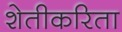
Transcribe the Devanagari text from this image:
शेतीकरिता